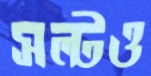
সল্টও